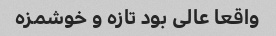
واقعا عالی بود تازه و خوشمزه